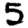
Digit: 5